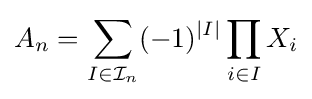
A_{n}=\sum _{I\in {\mathcal {I}}_{n}}(-1)^{|I|}\prod _{i\in I}{X_{i}}